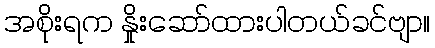
အစိုးရက နှိုးဆော်ထားပါတယ်ခင်ဗျာ။